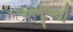
અમૂલની